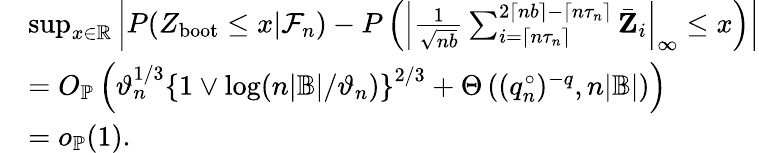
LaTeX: \begin{array}{rl}&{\operatorname*{sup}_{x\in\mathbb{R}}\left|P(Z_{\mathrm{boot}}\leq x|\mathcal{F}_{n})-P\left(\left|\frac{1}{\sqrt{nb}}\sum_{i=\lceil n\tau_{n}\rceil}^{2\lceil nb\rceil-\lceil n\tau_{n}\rceil}\bar{\mathbf Z}_{i}\right|_{\infty}\leq x\right)\right|}\\ &{=O_{\mathbb{P}}\left(\vartheta_{n}^{1/3}\left\{ 1\vee\log(n|\mathbb{B}|/\vartheta_{n})\right\} ^{2/3}+\Theta\left((q_{n}^{\circ})^{-q},n|\mathbb B|\right)\right)}\\ &{=o_{\mathbb{P}}(1).}\end{array}